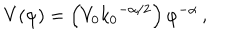
V ( \varphi ) = \left( V _ { 0 } { k _ { 0 } } ^ { - { \alpha } / 2 } \right) { \varphi } ^ { - \alpha } \, ,